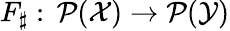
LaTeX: F_{\sharp}:\, \mathcal P(\mathcal X)\to\mathcal P(\mathcal Y)